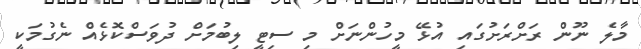
މާލެ ނޫން ރަށްރަށުގައި އުޅޭ މީހުންނަށް މި ސިޓީ ލިބުމަށް ދުވަސްކޮޅެއް ނެގުމަކީ